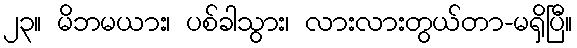
၂၃။ မိဘမယား၊ ပစ်ခါသွား၊ လားလားတွယ်တာ-မရှိပြီ။